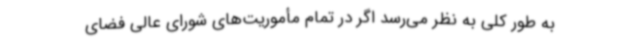
به طور کلی به نظر می‌رسد اگر در تمام مأموریت‌های شورای عالی فضای